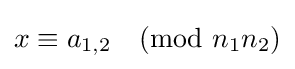
x\equiv a_{1,2}{\pmod {n_{1}n_{2}}}